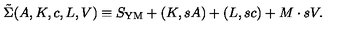
\tilde { \Sigma } ( A , K , c , L , V ) \equiv S _ { \mathrm { Y M } } + ( K , s A ) + ( L , s c ) + M \cdot s V .